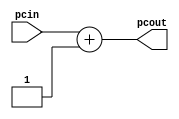
`timescale 1ns / 1ps
//////////////////////////////////////////////////////////////////////////////////
//
// Module Name:    INCR
//////////////////////////////////////////////////////////////////////////////////
module INCR(pcout, pcin);

    input  [31:0] pcin;
    output [31:0] pcout;
    assign  pcout  = pcin + 1;

endmodule